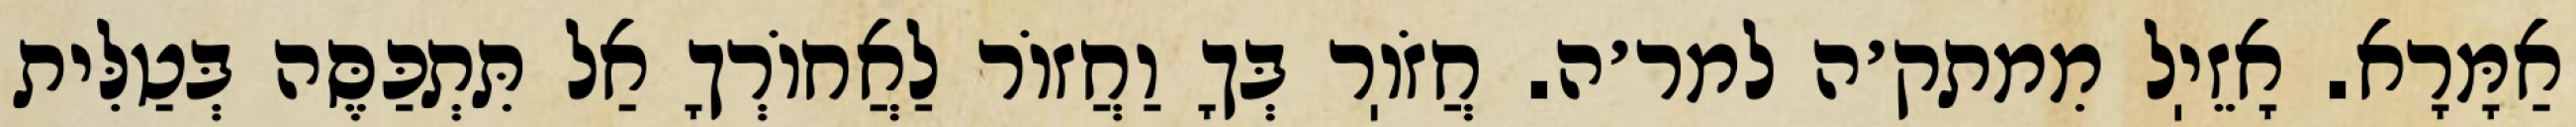
אַמָּרָא. אָזֵיֽל מִמתק׳ה למר׳ה. חֲזֹוֽר בְּךָ וַחֲזוֹר לַאֲחוֹרְךָ אַל תִּתְכַּסֶּה בְּטַלִּית